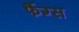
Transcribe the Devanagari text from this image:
फैंग्स